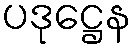
ပဒုဋ္ဌေန